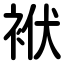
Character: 袱